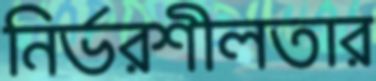
নির্ভরশীলতার